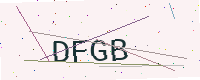
Text: DFGB